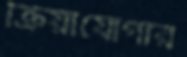
ক্রিয়াযোগার